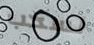
لسحب